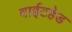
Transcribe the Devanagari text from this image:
वाईटहेड